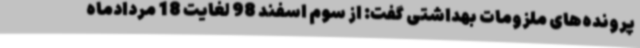
پرونده‌های ملزومات بهداشتی گفت: از سوم اسفند 98 لغایت 18 مردادماه